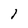
Character: l